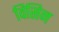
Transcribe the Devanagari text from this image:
विसिन